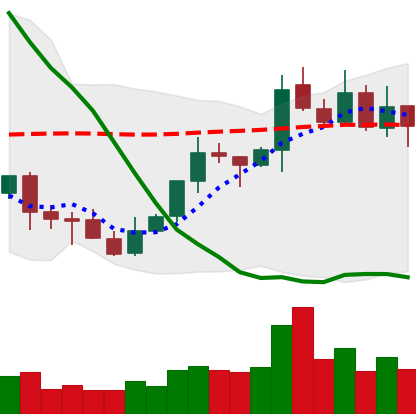
Ticker: XLM-USD
Chart end date: 2021-10-12
Forward return: 14.863%
Label: up_7plus